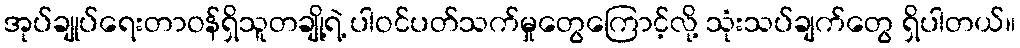
အုပ်ချုပ်ရေးတာဝန်ရှိသူတချို့ရဲ့ ပါဝင်ပတ်သက်မှုတွေကြောင့်လို့ သုံးသပ်ချက်တွေ ရှိပါတယ်။